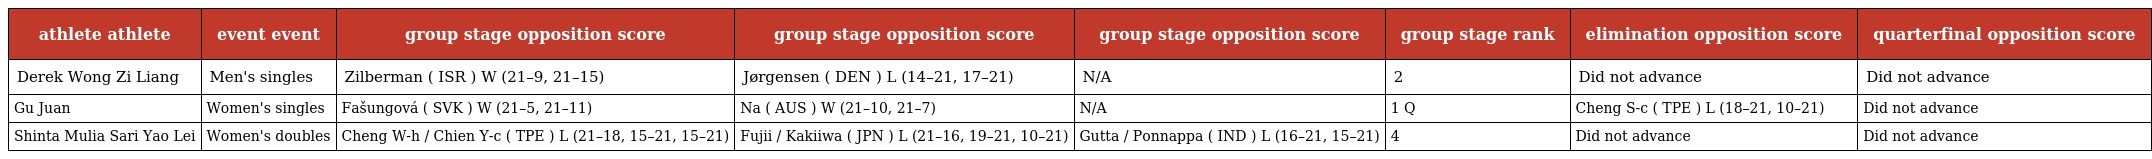
| athlete athlete | event event | group stage opposition score | group stage opposition score | group stage opposition score | group stage rank | elimination opposition score | quarterfinal opposition score |
 | --- | --- | --- | --- | --- | --- | --- | --- |
 | Derek Wong Zi Liang | Men's singles | Zilberman ( ISR ) W (21–9, 21–15) | Jørgensen ( DEN ) L (14–21, 17–21) | N/A | 2 | Did not advance | Did not advance |
 | Gu Juan | Women's singles | Fašungová ( SVK ) W (21–5, 21–11) | Na ( AUS ) W (21–10, 21–7) | N/A | 1 Q | Cheng S-c ( TPE ) L (18–21, 10–21) | Did not advance |
 | Shinta Mulia Sari Yao Lei | Women's doubles | Cheng W-h / Chien Y-c ( TPE ) L (21–18, 15–21, 15–21) | Fujii / Kakiiwa ( JPN ) L (21–16, 19–21, 10–21) | Gutta / Ponnappa ( IND ) L (16–21, 15–21) | 4 | Did not advance | Did not advance |